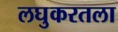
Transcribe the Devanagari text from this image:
लघुकरतला